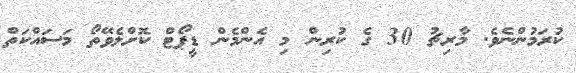
ކުރަމުންނެވެ. މާރިޗު 30 ގެ ކުރިން މި އެންމެން ޑީޕޯޓް ކޮށްލެވޭތޯ މަސައްކަތް